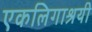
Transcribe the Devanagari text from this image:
एकलिगाश्रयी